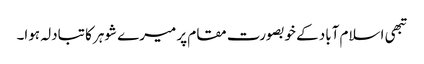
تبھی اسلام آباد کے خوبصورت مقام پر میرے شوہر کا تبادلہ ہوا۔